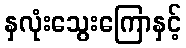
နှလုံးသွေးကြောနှင့်